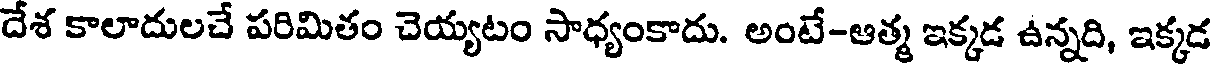
దేశ కాలాదులచే పరిమితం చెయ్యటం సాధ్యంకాదు. అంటే-ఆత్మ ఇక్కడ ఉన్నది, ఇక్కడ